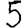
Digit: 5